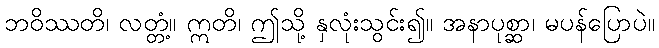
ဘဝိဿတိ၊ လတ္တံ့။ ဣတိ၊ ဤသို့ နှလုံးသွင်း၍။ အနာပုစ္ဆာ၊ မပန်ပြောပဲ။